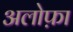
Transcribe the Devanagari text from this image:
अलोफ़ा